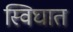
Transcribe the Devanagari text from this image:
स्विघात